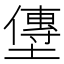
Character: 𫮯